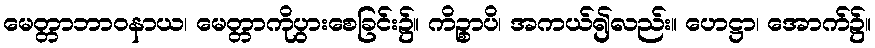
မေတ္တာဘာဝနာယ၊ မေတ္တာကိုပွားစေခြင်း၌။ ကိဉ္စာပိ၊ အကယ်၍လည်း။ ဟေဋ္ဌာ၊ အောက်၌။